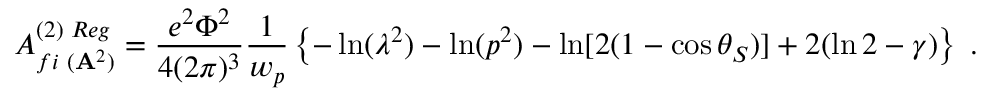
{ \cal A } _ { f i \, \, ( { \bf A } ^ { 2 } ) } ^ { ( 2 ) \, \, R e g } = \frac { e ^ { 2 } \Phi ^ { 2 } } { 4 ( 2 \pi ) ^ { 3 } } \frac { 1 } { w _ { p } } \left\{ - \ln ( \lambda ^ { 2 } ) - \ln ( p ^ { 2 } ) - \ln [ 2 ( 1 - \cos \theta _ { S } ) ] + 2 ( \ln 2 - \gamma ) \right\} \; .